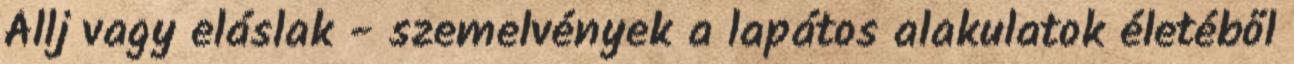
Állj vagy eláslak - szemelvények a lapátos alakulatok életéből